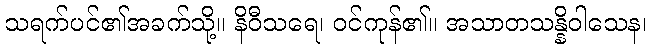
သရက်ပင်၏အခက်သို့။ နိဝီသရေ၊ ဝင်ကုန်၏။ အသာတသန္နိဝါသေန၊